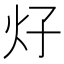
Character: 𰝼